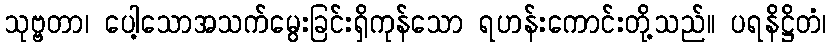
သုဗ္ဗတာ၊ ပေါ့သောအသက်မွေးခြင်းရှိကုန်သော ရဟန်းကောင်းတို့သည်။ ပရနိဋ္ဌိတံ၊